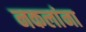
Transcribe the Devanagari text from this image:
नकलांना